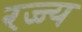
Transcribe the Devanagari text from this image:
रज्ज्य